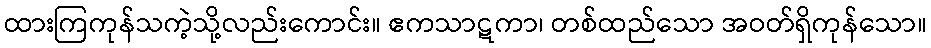
ထားကြကုန်သကဲ့သို့လည်းကောင်း။ ဧကသာဋကာ၊ တစ်ထည်သော အဝတ်ရှိကုန်သော။